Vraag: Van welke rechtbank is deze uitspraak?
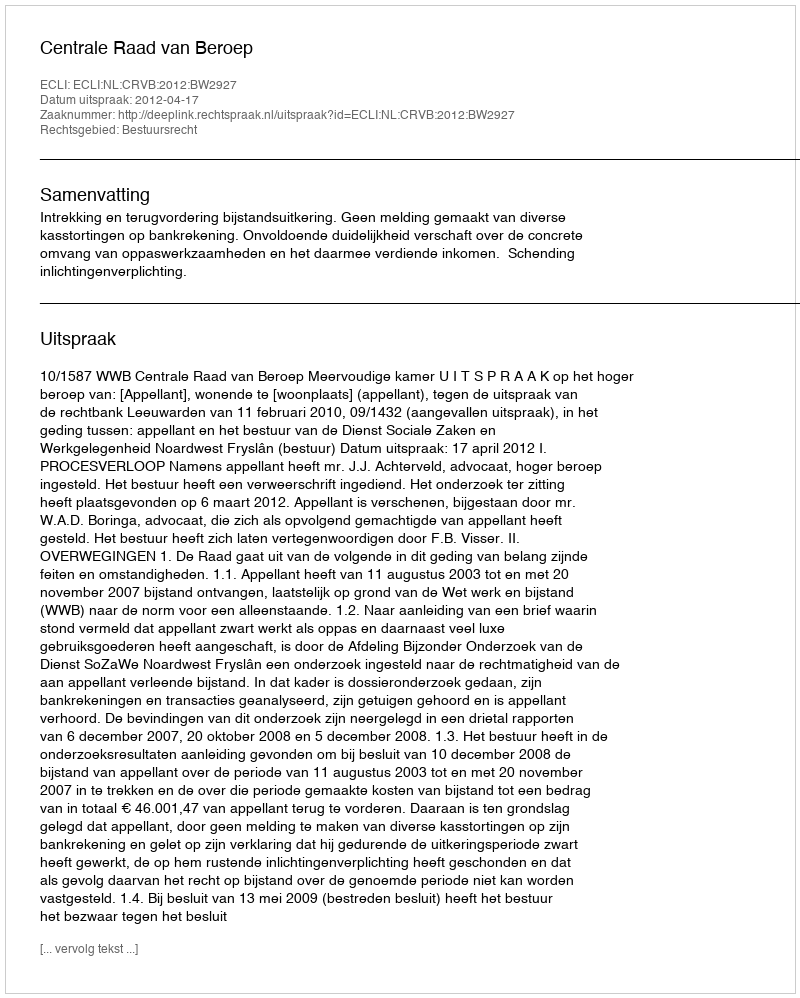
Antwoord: Centrale Raad van Beroep